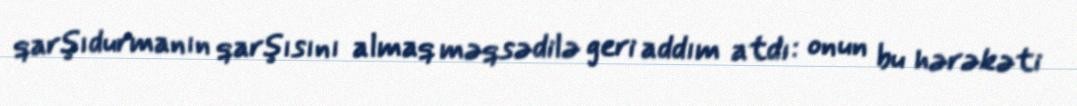
qarşıdurmanın qarşısını almaq məqsədilə geri addım atdı: onun bu hərəkəti